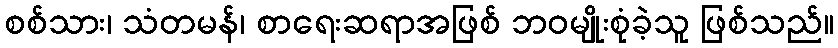
စစ်သား၊ သံတမန်၊ စာရေးဆရာအဖြစ် ဘဝမျိုးစုံခဲ့သူ ဖြစ်သည်။